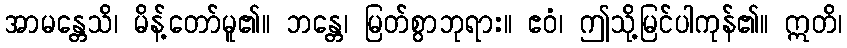
အာမန္တေသိ၊ မိန့်တော်မူ၏။ ဘန္တေ၊ မြတ်စွာဘုရား။ ဧဝံ၊ ဤသို့မြင်ပါကုန်၏။ ဣတိ၊